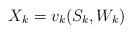
LaTeX: \begin{align*} X_k=v_k(S_k, W_k)\end{align*}